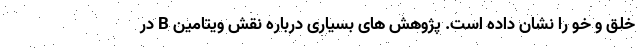
خلق و خو را نشان داده است. پژوهش های بسیاری درباره نقش ویتامین B در